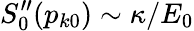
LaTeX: S_{0}^{\prime\prime}(p_{k0})\sim\kappa/E_{0}